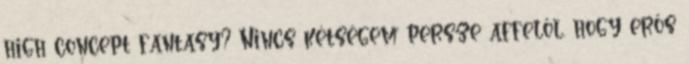
high concept fantasy? Nincs kétségem persze affelől, hogy erős